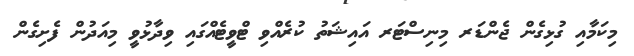
މިކަމާއި ގުޅިގެން ޖެންޑަރ މިނިސްޓަރ އައިޝަތު ކުރެއްވި ޓްވީޓެއްގައި ވިދާޅުވީ މިއަދުން ފެށިގެން